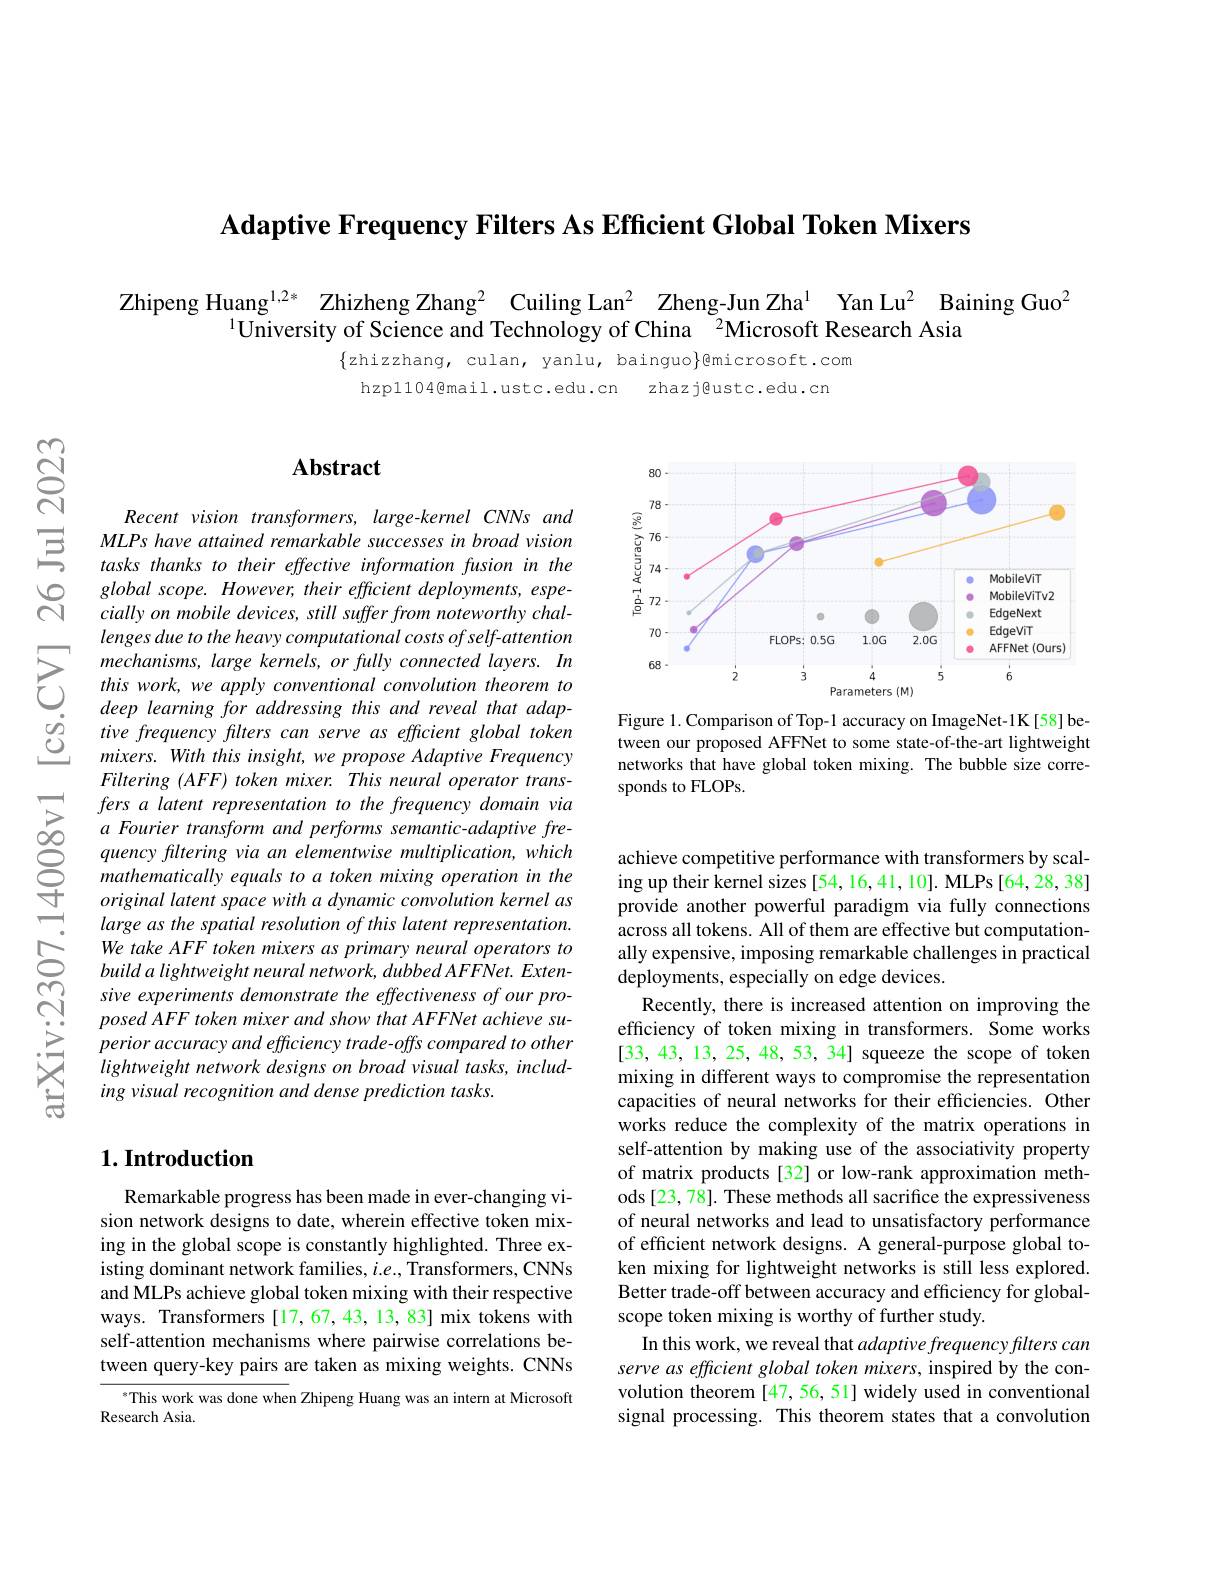
Adaptive Frequency Filters As Efficient Global Token Mixers

Zhipeng Huang$^{1,2*}$ Zhizheng Zhang$^2$ Cuiling Lan$^2$ Zheng-Jun Zha$^1$ Yan Lu$^2$ Baining Guo$^2$
$^{1}$University of Science and Technology of China $^{^2}$Microsoft Research Asia

$\{$zhizzhang, culan, yanlu, bainguo$\}$@microsoft.com
hzp1104@mail.ustc.edu.cn zhazj@ustc.edu.cn

## Abstract

Recent vision transformers, large-kernel CNNs and MLPs have attained remarkable successes in broad vision tasks thanks to their effective information fusion in the global scope. However, their efficient deployments, especially on mobile devices, still suffer from noteworthy challenges due to the heavy computational costs of self-attention mechanisms, large kernels, or fully connected layers. In this work, we apply conventional convolution theorem to deep learning for addressing this and reveal that adaptive frequency filters can serve as efficient global token mixers. With this insight, we propose Adaptive Frequency $Filtering~(AFF)~token~mixer.~This~neural~operator~trans-$ fers a latent representation to the frequency domain via quency filtering via an elementwise multiplication, which mathematically equals to a token mixing operation in the original latent space with a dynamic convolution kernel as large as the spatial resolution of this latent representation. We take AFF token mixers as primary neural operators to build a lightweight neural network, dubbed AFFNet. Extensive experiments demonstrate the effectiveness of our pro- $posedAFF\textit{ token mixer and show that AFFNet achieve su- }$ $perioraccuracyandefficiencytrade-offscomparedtoother$ lightweight network designs on broad visual tasks, including visual recognition and dense prediction tasks.

## $1. \textbf{Introduction}$

Remarkable progress has been made in ever-changing vision network designs to date, wherein effective token mixing in the global scope is constantly highlighted. Three existing dominant network families, $i.e.$, Transformers, CNNs and MLPs achieve global token mixing with their respective ways. Transformers [17,67,43,13,83] mix tokens with self-attention mechanisms where pairwise correlations between query-key pairs are taken as mixing weights. CNNs

$^{*}$This work was done when Zhipeng Huang was an intern at Microsoft
Research Asia.

<FigureHere>

Figure 1. Comparison of Top-1 accuracy on ImageNet-1K[58] between our proposed AFFNet to some state-of-the-art lightweight networks that have global token mixing. The bubble size corresponds to FLOPs.

achieve competitive performance with transformers by scaling up their kernel sizes [54, 16,41, 10]. MLPs [64, 28, 38] provide another powerful paradigm via fully connections across all tokens. All of them are effective but computationally expensive, imposing remarkable challenges in practical deployments, especially on edge devices.
Recently, there is increased attention on improving the efficiency of token mixing in transformers. Some works [33,43,13,25,48,53,34] squeeze the scope of token mixing in different ways to compromise the representation capacities of neural networks for their efficiencies. Other works reduce the complexity of the matrix operations in self-attention by making use of the associativity property of matrix products[32] or low-rank approximation methods [23, 78]. These methods all sacrifice the expressiveness of neural networks and lead to unsatisfactory performance of efficient network designs. A general-purpose global token mixing for lightweight networks is still less explored. Better trade-off between accuracy and efficiency for globalscope token mixing is worthy of further study
In this work, we reveal that adaptive frequency filters can serve as efficient global token mixers, inspired by the convolution theorem [47,56,51] widely used in conventional signal processing. This theorem states that a convolution